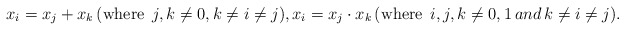
\begin{align*}x_{i}=x_{j}+x_{k}\,(\mbox{where }\,j,k\neq0,k\neq i\neq j),x_{i}=x_{j}\cdot x_{k}\,(\mbox{where }\,i,j,k\neq0,1\,and\,k\neq i\neq j).\end{align*}